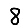
Digit: 8